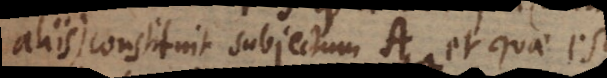
aliis) constituit subjectum A et quae est